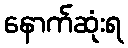
နောက်ဆုံးရ